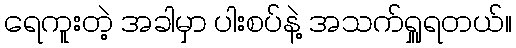
ရေကူးတဲ့ အခါမှာ ပါးစပ်နဲ့ အသက်ရှူရတယ်။